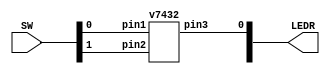
`timescale 1ns / 1ns // `timescale time_unit/time_precision


/* top-level entity for v7432 chip logic test */
module testOR (input [9:0] SW, output [9:0] LEDR);
				
				// SW[0], SW[1] are the inputs and LEDR[0] is the output
				v7432 C1(.pin1(SW[0]), .pin2(SW[1]), .pin3(LEDR[0]));

endmodule // testOR


/* Quad 2-input OR chip */
module v7432 (input pin1, pin2, pin4, pin5, pin9, pin10, pin12, pin13, 
				output pin3, pin6, pin8, pin11);

				assign pin3 = pin1 | pin2;
				assign pin6 = pin4 | pin5;
				assign pin8 = pin9 | pin10;
				assign pin11 = pin12 | pin13;
				
endmodule // v7432